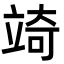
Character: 𮄲